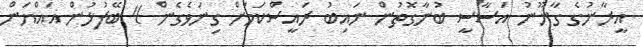
އީރާނުގެ ގާނޫނު އަސާސީ ބުނާގޮތުން ނައިބު ރައީސްކަމަށް ގިނަވެގެން 4 ބޭފުޅުން އައްޔަން